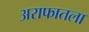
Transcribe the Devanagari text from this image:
अराफातला